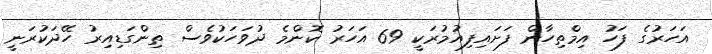
އަހަރުގެ ފަހު އިމްތިހާން ފަށައިފިއުމުރަކީ 69 އަހަރު ކޮންމެ ދުވަހަކުވެސް ތިންގަޑިއިރު ހޭދަކުރަނީ